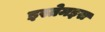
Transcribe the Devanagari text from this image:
इस्तेमइस